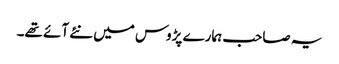
یہ صاحب ہمارے پڑوس میں نئے آئے تھے۔